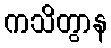
ကသိတွာန